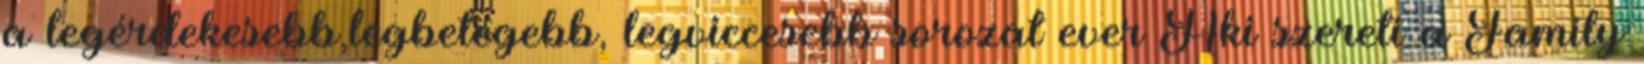
a legérdekesebb,legbetegebb, legviccesebb sorozat ever Aki szereti a Family